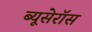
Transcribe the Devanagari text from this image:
ब्यूसेरॉस